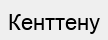
Кенттену